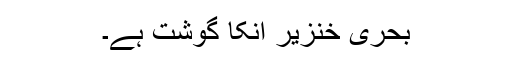
بحری خنزير انکا گوشت ہے۔